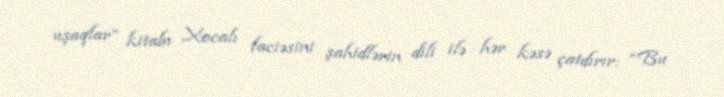
uşaqlar” kitabı Xocalı faciəsini şahidlərin dili ilə hər kəsə çatdırır: “Bu